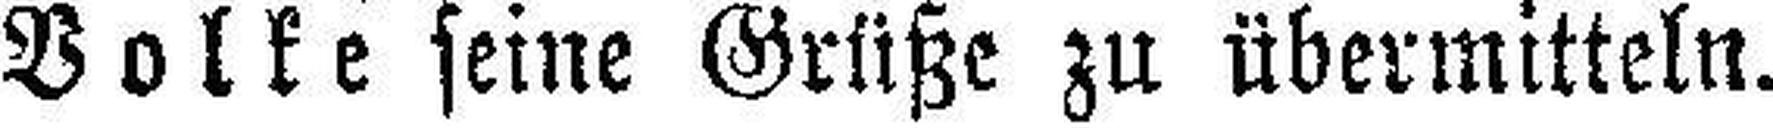
Volke seine Grüße zu übermitteln.